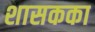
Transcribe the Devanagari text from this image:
शासकका